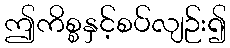
ဤကိစ္စနှင့်စပ်လျဉ်း၍